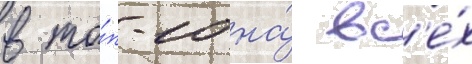
в то́п-10 на́ вс'е́х